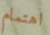
اهتمام